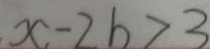
x - 2 b > 3